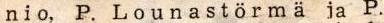
nio, P.  Lounastörmä ja P.